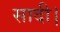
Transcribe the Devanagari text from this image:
सादी।